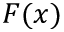
F ( x )